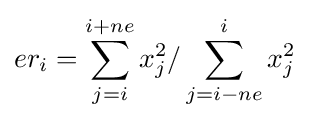
{\begin{aligned}&er_{i}=\sum _{j=i}^{i+ne}x_{j}^{2}/\sum _{j=i-ne}^{i}x_{j}^{2}\\\end{aligned}}